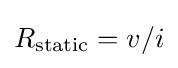
R_{\text{static}}=v/i